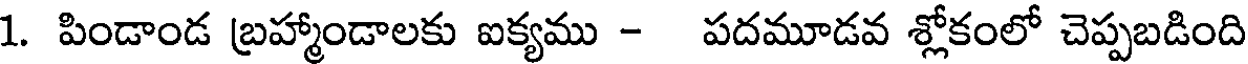
1. పిండాండ బ్రహ్మాండాలకు ఐక్యము - పదమూడవ శ్లోకంలో చెప్పబడింది